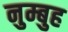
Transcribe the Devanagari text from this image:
नुम्बुह